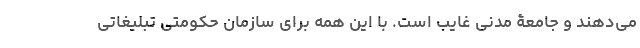
می‌دهند و جامعۀ مدنی غایب است. با این همه برای سازمان حکومتی تبلیغاتی